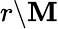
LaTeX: r\backslash\mathbf{M}